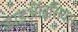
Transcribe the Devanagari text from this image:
डाइऑइसियस